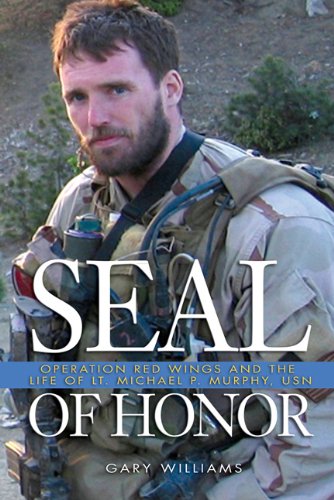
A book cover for Seal of Honor: Operation Red Wings and the Life of Lt. Michael P. Murphy, USN; Gary Williams; History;